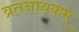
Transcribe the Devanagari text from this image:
व्रतनायकम्